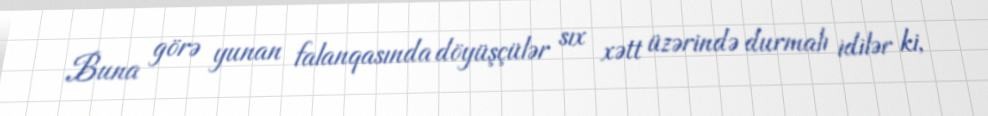
Buna görə yunan falanqasında döyüşçülər sıx xətt üzərində durmalı idilər ki,